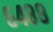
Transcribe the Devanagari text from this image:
६४८८